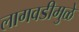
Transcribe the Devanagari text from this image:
लागवडीमुळे